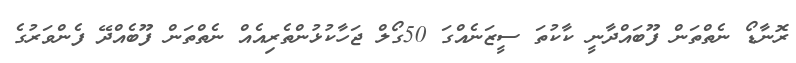
ރޮނާޑޯ ނެތްތަން ފޫބައްދާނީ ކާކުތަ ސީޒަނެއްގަ 50ގޯލް ޖަހާކުޅުންތެރިއެއް ނެތްތަން ފޫބެއްދޭ ފެންވަރުގެ